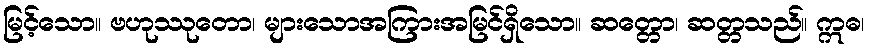
မြင့်သော။ ဗဟုဿုတော၊ များသောအကြားအမြင်ရှိသော။ ဆတ္တော၊ ဆတ္တသည်။ ဣဓ၊